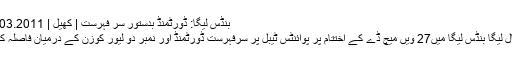
بنڈس لیگا: ڈورٹمنڈ بدستور سر فہرست | کھیل | DW | 21.03.2011
جرمن فٹ بال لیگا بنڈس لیگا میں27 ویں میچ ڈے کے اختتام پر پوائنٹس ٹیبل پر سرفہرست ڈورٹمنڈ اور نمبر دو لیور کوزن کے درمیان فاصلہ کم ہو گیا ہے۔